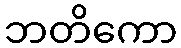
ဘတိကော